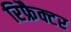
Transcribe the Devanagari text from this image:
रिफ्रैक्टर